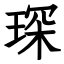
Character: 琛